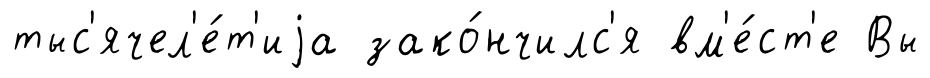
тыс'ячел'е́т'иjа зако́нчилс'я вм'е́ст'е Вы